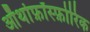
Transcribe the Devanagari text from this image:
ऑर्थोफ़ॉस्फ़ोरिक